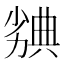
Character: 𠢣